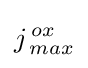
j_{\,max}^{\,ox}